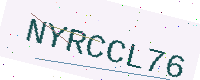
Text: NYRCCL76